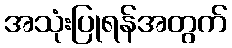
အသုံးပြုရန်အတွက်